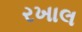
રખાલ